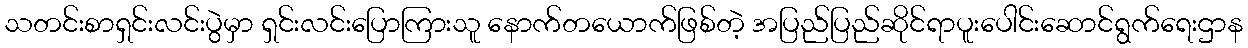
သတင်းစာရှင်းလင်းပွဲမှာ ရှင်းလင်းပြောကြားသူ နောက်တယောက်ဖြစ်တဲ့ အပြည်ပြည်ဆိုင်ရာပူးပေါင်းဆောင်ရွက်ရေးဌာန